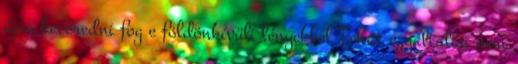
újra keveredni fog e földönkívüli lényekkel Tehát egyáltalán nem